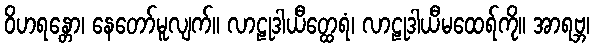
ဝိဟရန္တော၊ နေတော်မူလျက်။ လာဠုဒါယီတ္ထေရံ၊ လာဠုဒါယီမထေရ်ကို။ အာရဗ္ဘ၊